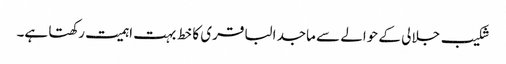
شکیب جلالی کے حوالے سے ماجد الباقری کا خط بہت اہمیت رکھتا ہے۔